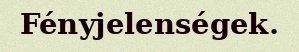
Fényjelenségek.